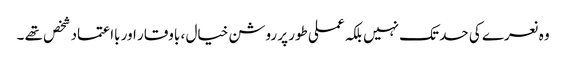
وہ نعرے کی حد تک نہیں بلکہ عملی طور پر روشن خیال ، باوقار اور بااعتماد شخص تھے ۔